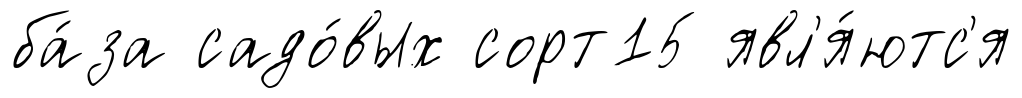
ба́за садо́вых сорт15 явл'я́ютс'я